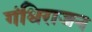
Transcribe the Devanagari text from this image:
गंधिराजन